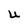
Character: U